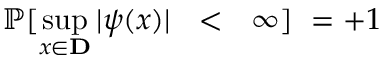
\mathbb { P } [ \operatorname* { s u p } _ { x \in \mathbf { D } } | \psi ( { x } ) | ~ ~ < ~ ~ \infty ] ~ = + 1